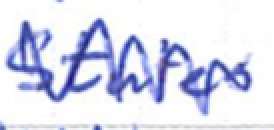
Text: States
Cross-out: zig-zag
Writing tool: ballpoint